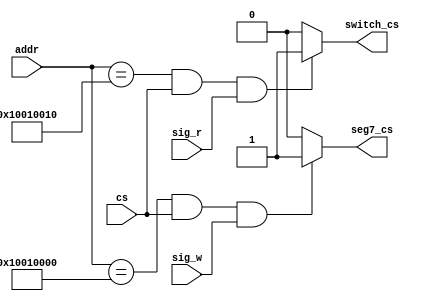
`timescale 1ns / 1ps
module io_sel(
    input [31:0] addr,
	 input cs,
	 input sig_w,
	 input sig_r,
	 output seg7_cs,
	 output switch_cs
    );

assign seg7_cs = (addr == 32'h10010000 && cs == 1 && sig_w == 1) ? 1 : 0;
assign switch_cs = (addr == 32'h10010010 && cs == 1 && sig_r == 1) ? 1 : 0;
endmodule